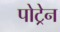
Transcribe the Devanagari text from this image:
पोट्रेन